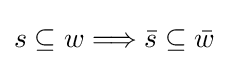
s\subseteq w\Longrightarrow {\bar {s}}\subseteq {\bar {w}}